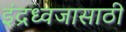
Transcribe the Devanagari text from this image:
इंद्रध्वजासाठी